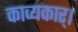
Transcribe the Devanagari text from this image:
काव्यकार्।